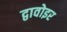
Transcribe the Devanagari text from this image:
द्वावोइर